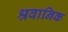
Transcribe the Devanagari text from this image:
श्रवानिक